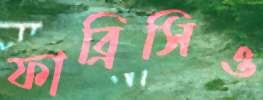
ফাব্রিসিও